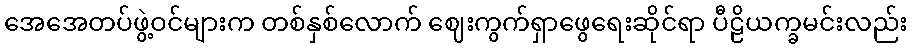
အေအေတပ်ဖွဲ့ဝင်များက တစ်နှစ်လောက် ဈေးကွက်ရှာဖွေရေးဆိုင်ရာ ပီဠိယက္ခမင်းလည်း